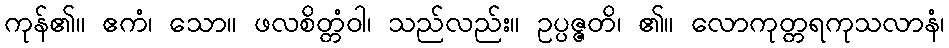
ကုန်၏။ ဧကံ၊ သော။ ဖလစိတ္တံဝါ၊ သည်လည်း။ ဥပ္ပဇ္ဇတိ၊ ၏။ လောကုတ္တရကုသလာနံ၊